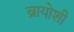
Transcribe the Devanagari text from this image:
ब्रायोशी